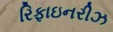
રિફાઇનરીઝ